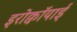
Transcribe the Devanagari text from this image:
इरोक्वॉयाई